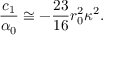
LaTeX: \frac { c _ { 1 } } { \alpha _ { 0 } } \cong - \frac { 2 3 } { 1 6 } r _ { 0 } ^ { 2 } \kappa ^ { 2 } .